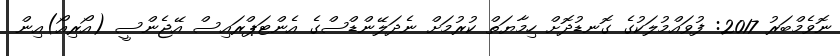
ނޮވެމްބަރު 2017: ފުވައްމުލަކުގެ ގޮނޑުދޮށް ހިމާޔަތް ކުރުމަށް ނެދަލޭންޑްސްގެ އެންޓަޕްރައިސް އޭޖެންސީ (އޯރިއޯ)އިން